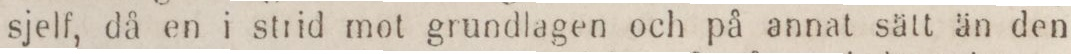
sjelf, då en i strid mot grundlagen och på annat sätt än den